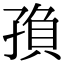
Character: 𡥼